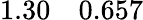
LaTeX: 1.30\quad 0.657